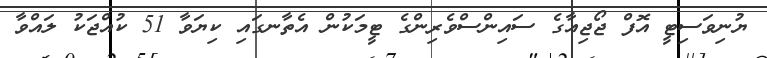
ޔުނިވަސިޓީ އޮފް ޖޯޖިއާގެ ސައިންސްވެރިންގެ ޓީމަކުން އެތާނގައި ކިޔަވާ 51 ކުއްޖަކު ލައްވާ